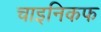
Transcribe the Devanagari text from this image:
चाइनिकफ